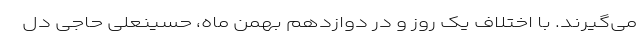
می‌گیرند. با اختلاف یک روز و در دوازدهم بهمن ماه، حسینعلی حاجی دل